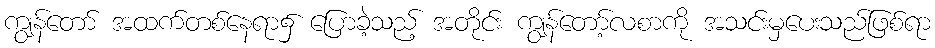
ကျွန်တော် အထက်တစ်နေရာ၌ ပြောခဲ့သည့် အတိုင်း ကျွန်တော့်လစာကို အသင်းမှပေးသည်ဖြစ်ရာ